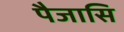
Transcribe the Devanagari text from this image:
पैजासि